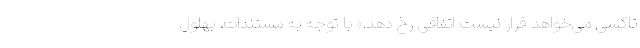
تاکسی می‌خواهد قرار نیست اتفاقی رخ دهد.» با توجه به مستندات، بهلول